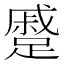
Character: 蹙